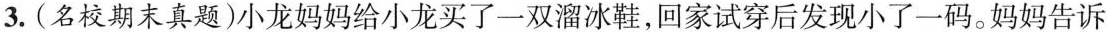
3.(名校期末真题)小龙妈妈给小龙买了一双溜冰鞋，回家试穿后发现小了一码。妈妈告诉